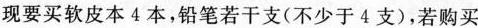
现要买软皮本4本，铅笔若干支(不少于4支)，若购买